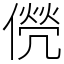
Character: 㒌